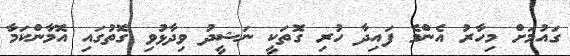
ގައުމަށް މިހާރު އެންމެ ފައިދާ ހުރި ގޮތަކީ ނަޝީދު ވިދާޅުވި ގޮތުގައި އޮމާންކަމާ